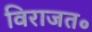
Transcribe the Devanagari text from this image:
विराजत॰